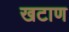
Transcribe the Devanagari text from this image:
खटाण